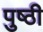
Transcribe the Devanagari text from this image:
पुष्ठी